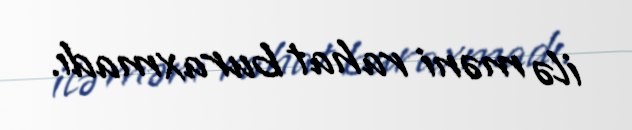
ilə məni rahat buraxmadı.